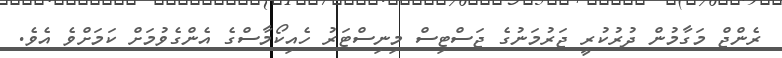
ރެންޖް މަގާމުން ދުރުކުރީ ޖަރުމަނުގެ ޖަސްޓިސް މިނިސްޓަރު ހެއިކޯމާސްގެ އެންގެވުމަށް ކަމަށްވެ އެވެ.